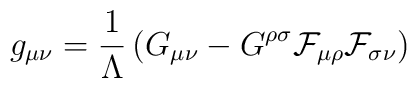
g_{\mu \nu} = \frac{1}{\Lambda} \left( G_{\mu \nu} -G^{\rho \sigma}\cal{F}_{\mu \rho} \cal{F}_{\sigma \nu} \right)